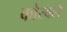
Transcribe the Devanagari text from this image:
कोरवले